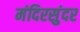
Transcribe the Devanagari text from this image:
मंदिरसुंदर